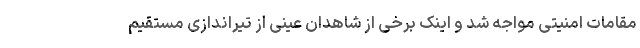
مقامات امنیتی مواجه شد و اینک برخی از شاهدان عینی از تیراندازی مستقیم